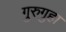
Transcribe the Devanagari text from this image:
गुरुगुहा